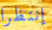
إنتظرا